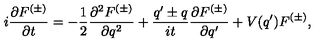
i \frac { \partial F ^ { ( \pm ) } } { \partial t } = - \frac { 1 } { 2 } \frac { \partial ^ { 2 } F ^ { ( \pm ) } } { \partial q ^ { 2 } } + \frac { q ^ { \prime } \pm q } { i t } \frac { \partial F ^ { ( \pm ) } } { \partial q ^ { \prime } } + V ( q ^ { \prime } ) F ^ { ( \pm ) } ,